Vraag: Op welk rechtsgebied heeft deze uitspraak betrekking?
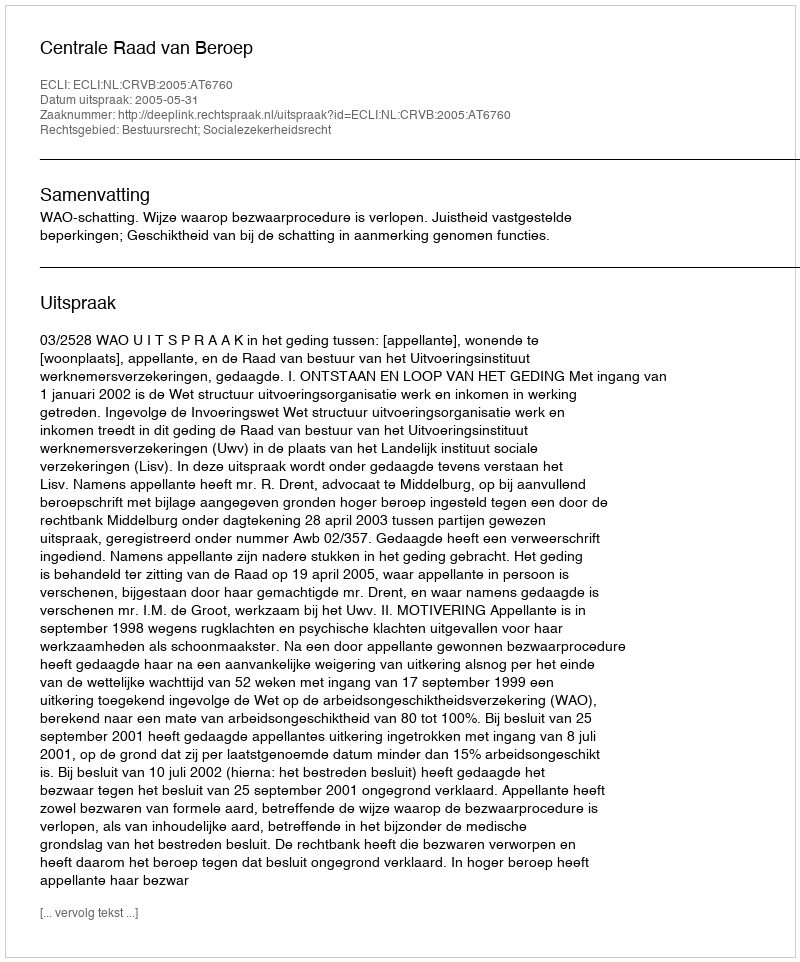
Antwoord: Bestuursrecht; Socialezekerheidsrecht